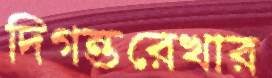
দিগন্তরেখার